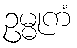
ဥမ္မုကံ